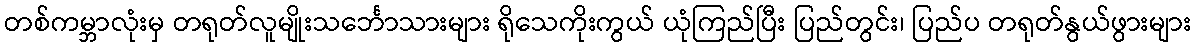
တစ်ကမ္ဘာလုံးမှ တရုတ်လူမျိုးသင်္ဘောသားများ ရိုသေကိုးကွယ် ယုံကြည်ပြီး ပြည်တွင်း၊ ပြည်ပ တရုတ်နွယ်ဖွားများ